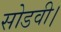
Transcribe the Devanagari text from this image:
सोडवी।